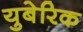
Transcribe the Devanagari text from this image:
युबेरिक